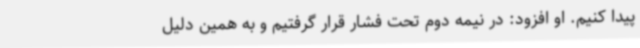
پیدا کنیم. او افزود: در نیمه دوم تحت فشار قرار گرفتیم و به همین دلیل